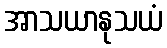
အာသယာနုသယံ